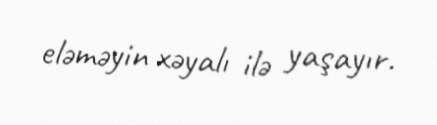
eləməyin xəyalı ilə yaşayır.